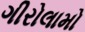
ગીરોલામો